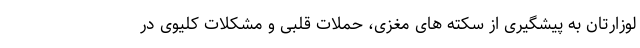
لوزارتان به پیشگیری از سکته های مغزی، حملات قلبی و مشکلات کلیوی در